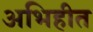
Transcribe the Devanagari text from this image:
अभिहीत